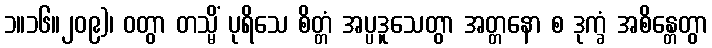
၁။၁၆။၂၀၉)၊ ဝတွာ တသ္မိံ ပုရိသေ စိတ္တံ အပ္ပဒူသေတွာ အတ္တနော စ ဒုက္ခံ အစိန္တေတွာ